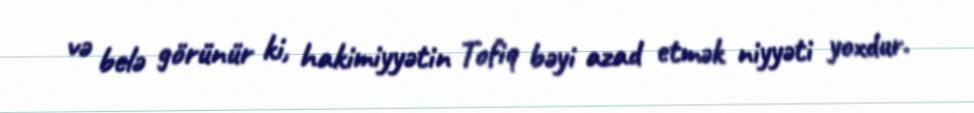
və belə görünür ki, hakimiyyətin Tofiq bəyi azad etmək niyyəti yoxdur.